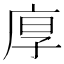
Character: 𢈲